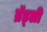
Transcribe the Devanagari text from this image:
ब्रॅड्ली